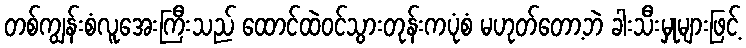
တစ်ကျွန်းစံလူအေးကြီးသည် ထောင်ထဲဝင်သွားတုန်းကပုံစံ မဟုတ်တော့ဘဲ ခါးသီးမှုများဖြင့်